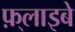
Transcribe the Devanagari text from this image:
फ़्लाइबे